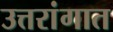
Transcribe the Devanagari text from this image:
उत्तरांगात